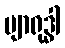
ဗျာရုဒ္ဓါ